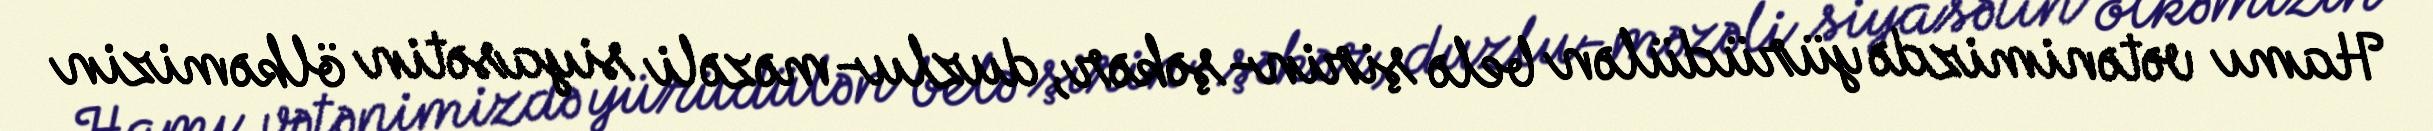
Hamı vətənimizdə yürüdülən belə şirin-şəkər, duzlu-məzəli siyasətin ölkəmizin